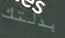
بدلتك